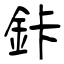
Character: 鉲